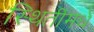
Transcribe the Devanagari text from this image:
स्थितींमधे